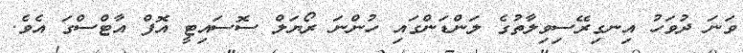
ވަނަ ދުވަހު އިނގިރޭސިވިލާތުގެ ލަންޑަންގައި ހުންނަ ރޯޔަލް ސޮސައިޓީ އޮފް އާޓްސްގަ އެވެ.